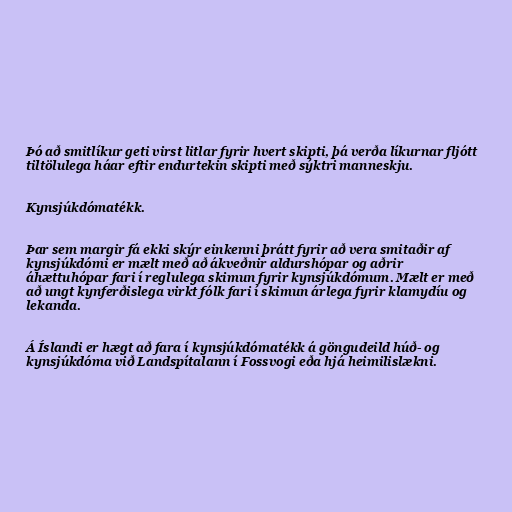
Þó að smitlíkur geti virst litlar fyrir hvert skipti, þá verða líkurnar fljótt
tiltölulega háar eftir endurtekin skipti með sýktri manneskju.

Kynsjúkdómatékk.

Þar sem margir fá ekki skýr einkenni þrátt fyrir að vera smitaðir af
kynsjúkdómi er mælt með að ákveðnir aldurshópar og aðrir
áhættuhópar fari í reglulega skimun fyrir kynsjúkdómum. Mælt er með
að ungt kynferðislega virkt fólk fari í skimun árlega fyrir klamydíu og
lekanda.

Á Íslandi er hægt að fara í kynsjúkdómatékk á göngudeild húð- og
kynsjúkdóma við Landspítalann í Fossvogi eða hjá heimilislækni.